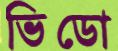
ভিডো